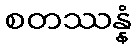
စတဿန္နံ